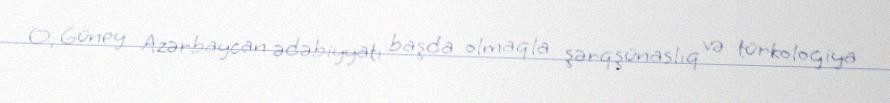
O, Güney Azərbaycan ədəbiyyatı başda olmaqla şərqşünaslıq və türkologiya